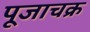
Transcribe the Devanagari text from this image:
पूजाचक्र